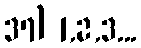
37) 1,2,3...